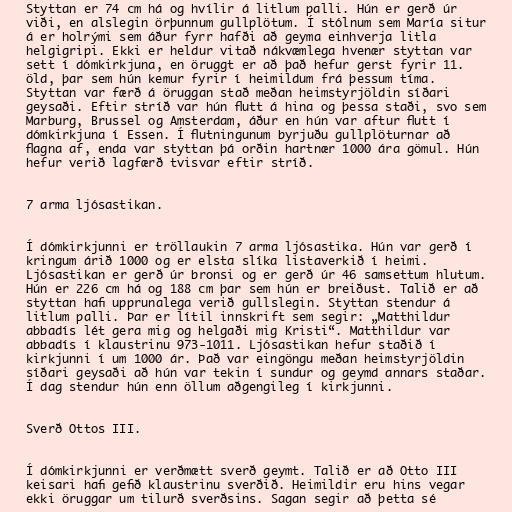
Styttan er 74 cm há og hvílir á litlum palli. Hún er gerð úr
viði, en alslegin örþunnum gullplötum. Í stólnum sem María situr
á er holrými sem áður fyrr hafði að geyma einhverja litla
helgigripi. Ekki er heldur vitað nákvæmlega hvenær styttan var
sett í dómkirkjuna, en öruggt er að það hefur gerst fyrir 11.
öld, þar sem hún kemur fyrir í heimildum frá þessum tíma.
Styttan var færð á öruggan stað meðan heimstyrjöldin síðari
geysaði. Eftir stríð var hún flutt á hina og þessa staði, svo sem
Marburg, Brussel og Amsterdam, áður en hún var aftur flutt í
dómkirkjuna í Essen. Í flutningunum byrjuðu gullplöturnar að
flagna af, enda var styttan þá orðin hartnær 1000 ára gömul. Hún
hefur verið lagfærð tvisvar eftir stríð.

7 arma ljósastikan.

Í dómkirkjunni er tröllaukin 7 arma ljósastika. Hún var gerð í
kringum árið 1000 og er elsta slíka listaverkið í heimi.
Ljósastikan er gerð úr bronsi og er gerð úr 46 samsettum hlutum.
Hún er 226 cm há og 188 cm þar sem hún er breiðust. Talið er að
styttan hafi upprunalega verið gullslegin. Styttan stendur á
litlum palli. Þar er lítil innskrift sem segir: „Matthildur
abbadís lét gera mig og helgaði mig Kristi“. Matthildur var
abbadís í klaustrinu 973-1011. Ljósastikan hefur staðið í
kirkjunni í um 1000 ár. Það var eingöngu meðan heimstyrjöldin
síðari geysaði að hún var tekin í sundur og geymd annars staðar.
Í dag stendur hún enn öllum aðgengileg í kirkjunni.

Sverð Ottos III.

Í dómkirkjunni er verðmætt sverð geymt. Talið er að Otto III
keisari hafi gefið klaustrinu sverðið. Heimildir eru hins vegar
ekki öruggar um tilurð sverðsins. Sagan segir að þetta sé